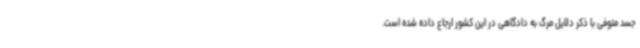
جسد متوفی با ذکر دلایل مرگ به دادگاهی در این کشور ارجاع داده شده است.